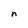
Character: n